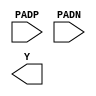
module INBUF_DIFF (
	(* iopad_external_pin *)
	input PADP,
	(* iopad_external_pin *)
	input PADN,
	output Y
);
endmodule